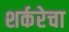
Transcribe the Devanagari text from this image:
शर्करेचा